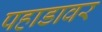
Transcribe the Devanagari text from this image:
पहाडावर